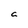
Character: C